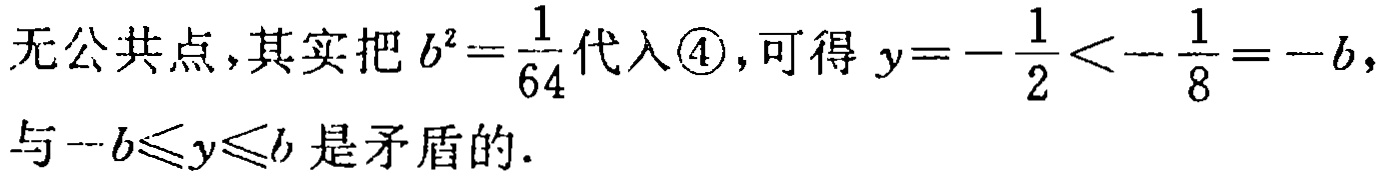
无公共点,其实把\(b^{2}=\frac{1}{64}\)代入\textcircled{4},可得\(y = -\frac{1}{2}<-\frac{1}{8}=-b,\)与\(-b\leqslant y\leqslant b\)是矛盾的.